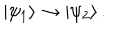
| \psi _ { 1 } \rangle \rightarrow | \psi _ { 2 } \rangle \, .